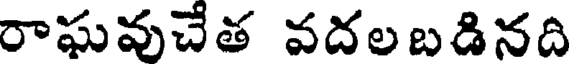
రాఘవుచేత వదలబడినది